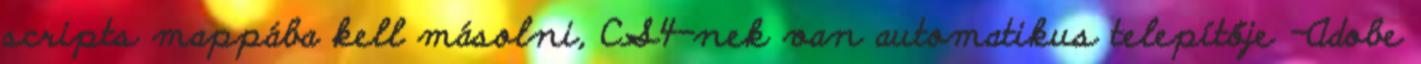
scripts mappába kell másolni, CS4-nek van automatikus telepítője -Adobe